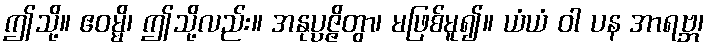
ဤသို့။ ဧဝမ္မိ၊ ဤသို့လည်း။ အနုပ္ပဇ္ဇိတွာ၊ မဖြစ်မူ၍။ ယံယံ ဝါ ပန အာရဗ္ဘ၊